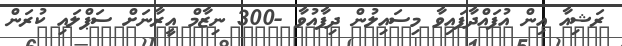
ރަޝިއާ އިން އުފައްދާފައިވާ މިސައިލުން ދިފާއުވާ -300 ނިޒާމް އީރާނަށް ސަޕްލައި ކުރަން